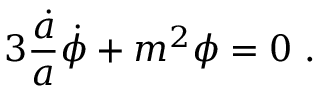
3 { \frac { \dot { a } } { a } } \dot { \phi } + m ^ { 2 } \phi = 0 \ .